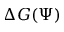
\Delta G ( \Psi )